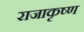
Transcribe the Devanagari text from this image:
राजाकृष्ण